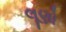
લૂણો